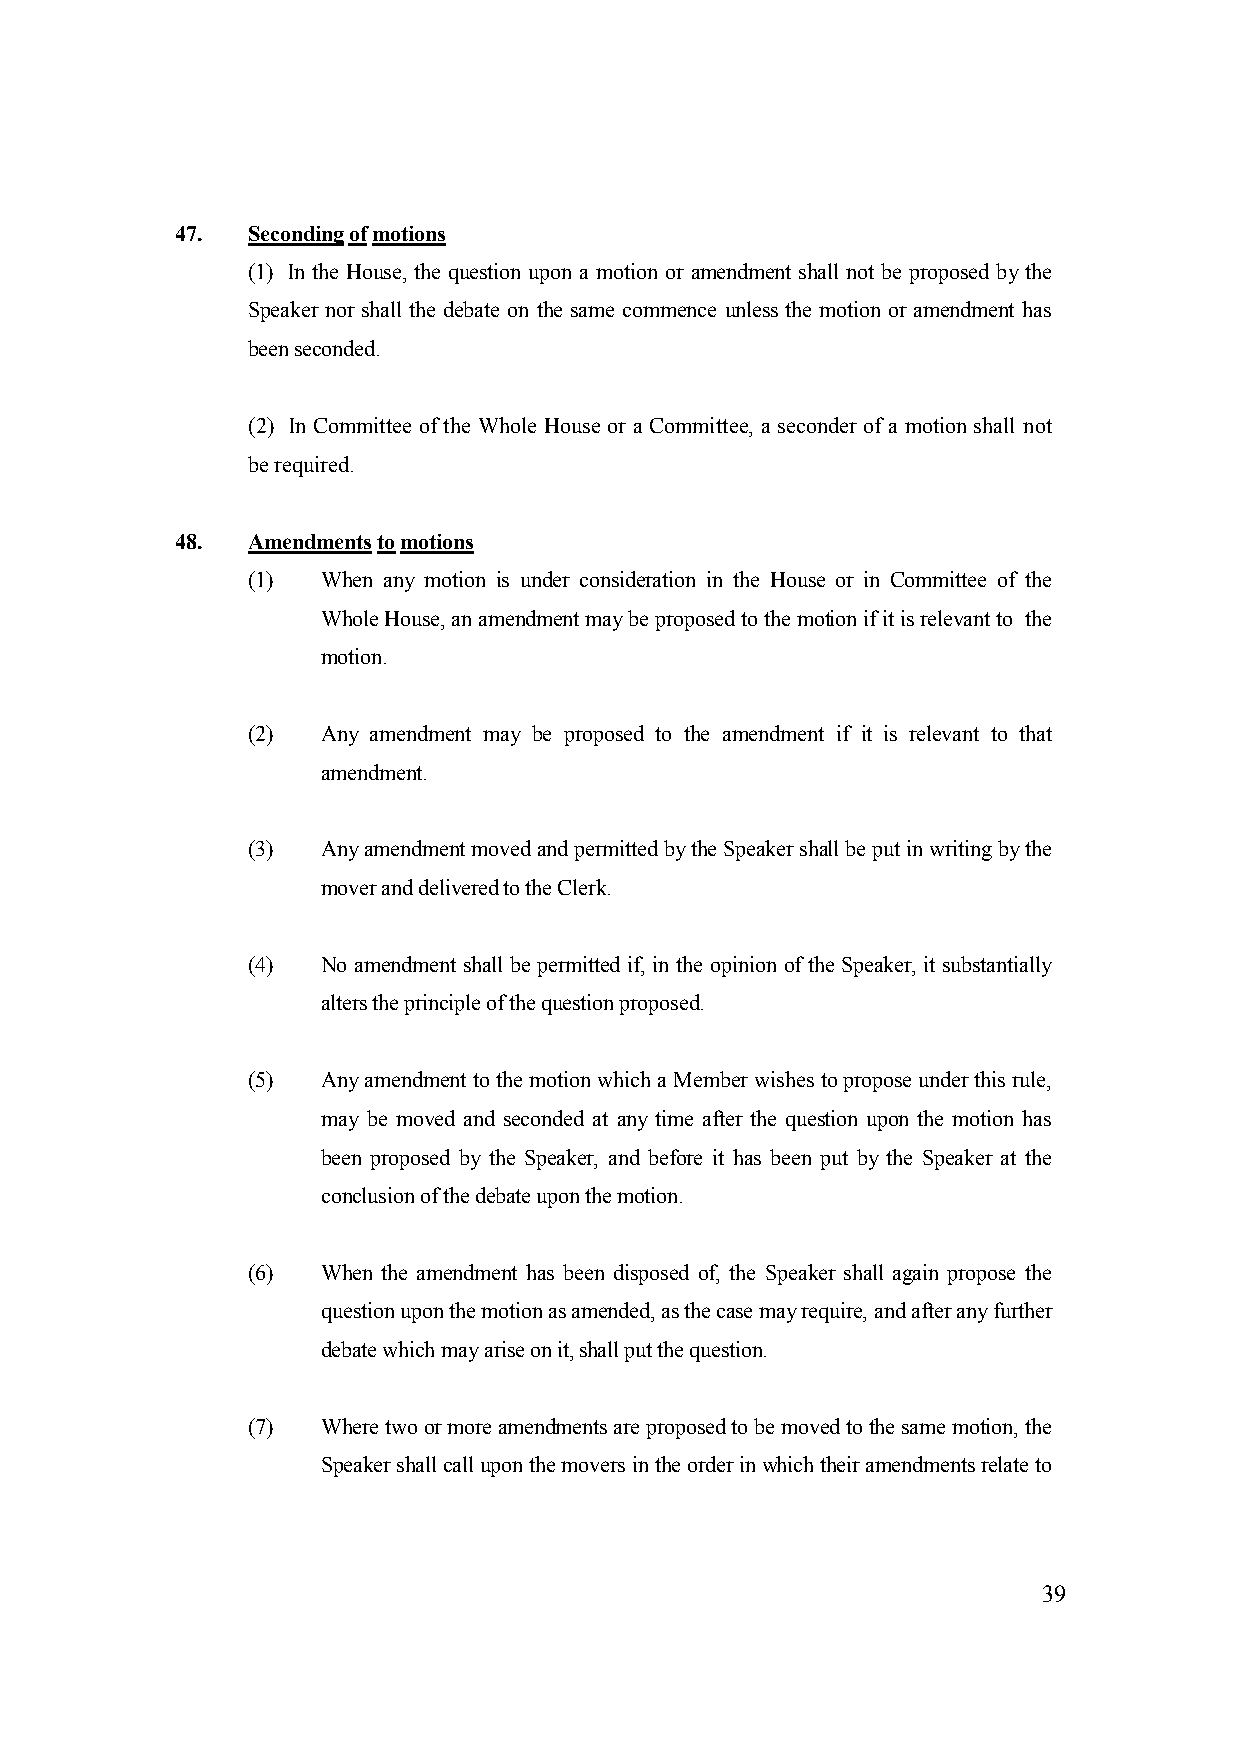
47. Seconding of motions
 (1) In the House, the question upon a motion or amendment shall not be proposed by the
 Speaker nor shall the debate on the same commence unless the motion or amendment has
 been seconded.
 (2) In Committee of the Whole House or a Committee, a seconder of a motion shall not
 be required.
 48. Amendments to motions
 (1)  When any motion is under consideration in the House or in Committee of the
 Whole House, an amendment may be proposed to the motion if it is relevant to the
 motion.
 (2)  Any amendment may be proposed to the amendment if it is relevant to that
 amendment.
 (3)  Any amendment moved and permitted by the Speaker shall be put in writing by the
 mover and delivered to the Clerk.
 (4)  No amendment shall be permitted if, in the opinion of the Speaker, it substantially
 alters the principle of the question proposed.
 (5)  Any amendment to the motion which a Member wishes to propose under this rule,
 may be moved and seconded at any time after the question upon the motion has
 been proposed by the Speaker, and before it has been put by the Speaker at the
 conclusion of the debate upon the motion.
 (6)  When the amendment has been disposed of, the Speaker shall again propose the
 question upon the motion as amended, as the case may require, and after any further
 debate which may arise on it, shall put the question.
 (7)  Where two or more amendments are proposed to be moved to the same motion, the
 Speaker shall call upon the movers in the order in which their amendments relate to
 39